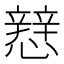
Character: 𢣑